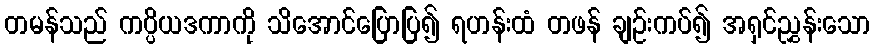
တမန်သည် ကပ္ပိယဒကာကို သိအောင်ပြောပြ၍ ရဟန်းထံ တဖန် ချဉ်းကပ်၍ အရှင်ညွှန်းသော